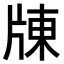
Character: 𤗗